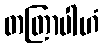
တတြာပါဟံ